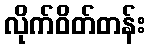
လိုက်ဝိတ်တန်း